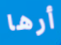
أرها